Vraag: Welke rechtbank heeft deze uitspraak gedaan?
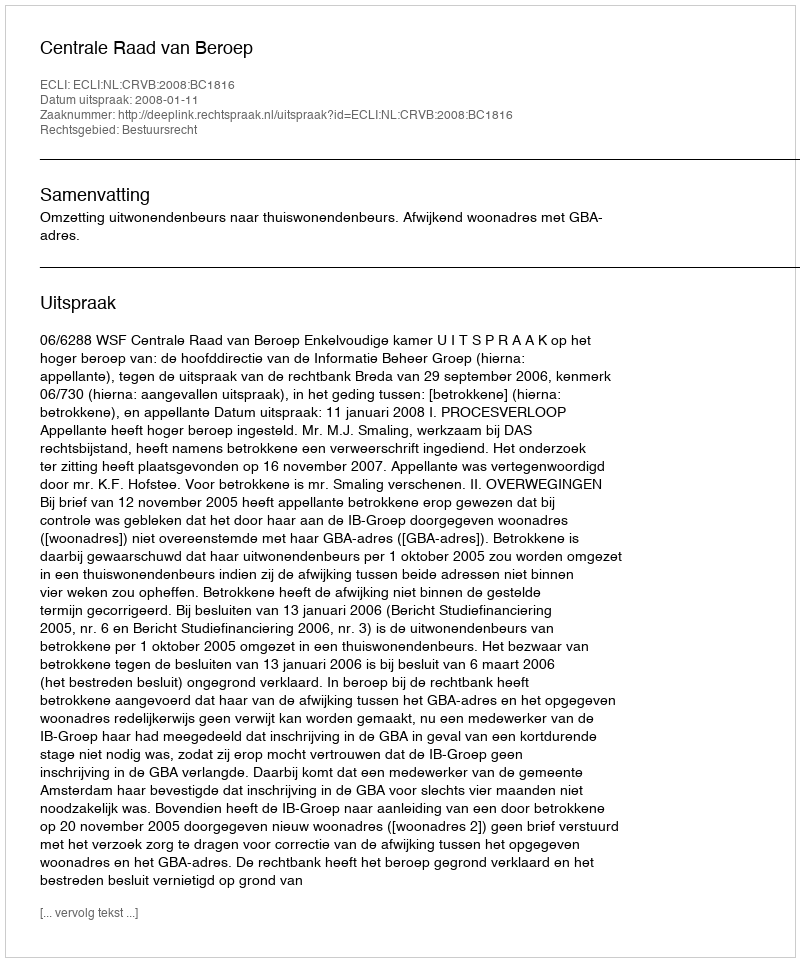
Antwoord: Centrale Raad van Beroep